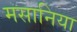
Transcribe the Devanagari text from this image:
मसानिया